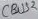
Text: CBUS2